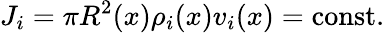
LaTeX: J_{i}=\pi R^{2}(x)\rho_{i}(x)v_{i}(x)=\textrm{const.}